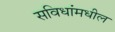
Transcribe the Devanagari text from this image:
सविधांमधील